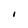
Character: I